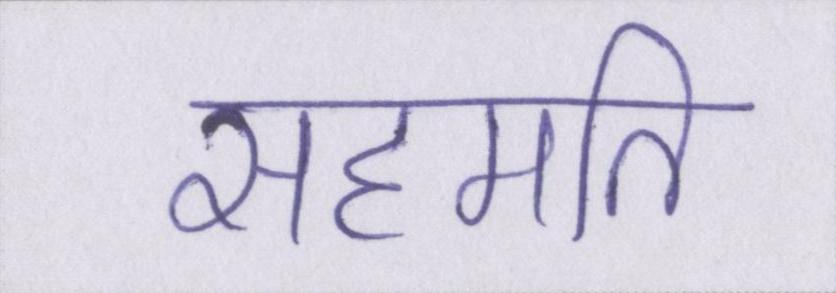
सहमति